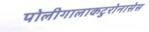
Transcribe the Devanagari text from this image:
पोलीगालाकटुरोनासेस